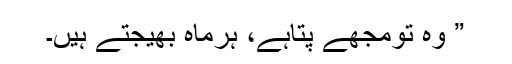
” وہ تومجھے پتاہے، ہرماہ بھیجتے ہیں۔